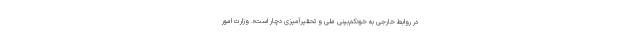
در روابط خارجی به خودکم‌بینی ملی و تحقیرآمیزی دچار است». وزارت امور